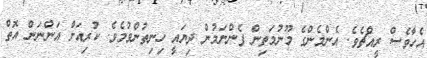
އެހާވެސް ރީއްޗެވެ. އެންމެންގެ މޫނުމަތިން ފެންނަމުން ދިޔައީ ހިނިތުންވުމެވެ. ކުރިއަށް އަންނަން އޮތް